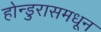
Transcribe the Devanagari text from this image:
होन्डुरासमधून